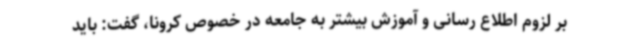
بر لزوم اطلاع رسانی و آموزش بیشتر به جامعه در خصوص کرونا، گفت: باید